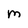
Character: M